Triennial report on the lunatic asylums in the province of Eastern Bengal and Assam - 1903-1911
Year: 1903
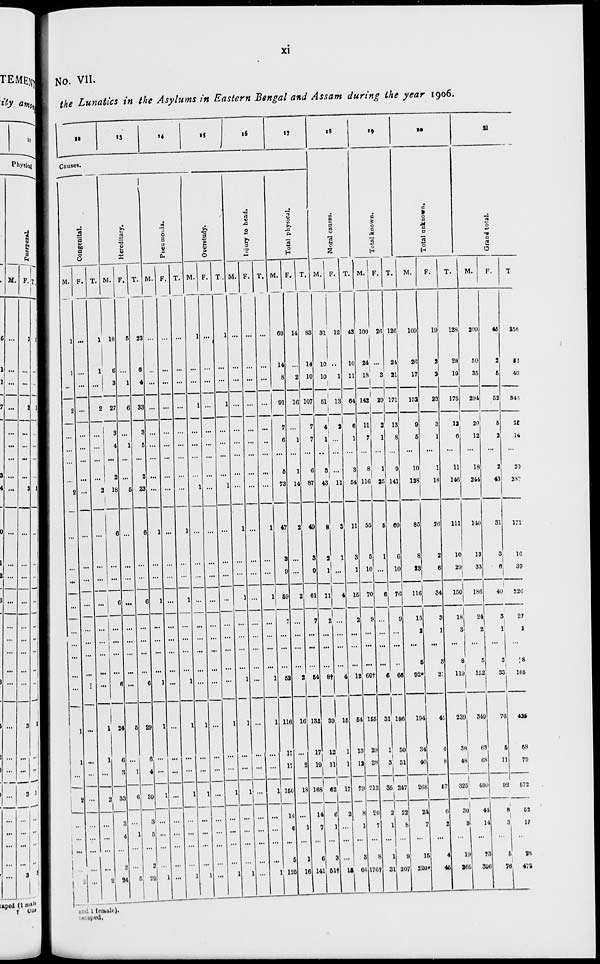
xi
No. VII.
the Lunatics in the Asylums in Eastern Bengal and Assam during the year 1906.
12
13
14
15
1 6 17
Causes.
Congenital.
M.
1
1
...
2
...
...
...
...
2
...
...
...
...
...
...
...
...
...
1
1
...
2
...
...
...
...
2
F.
...
...
...
...
...
...
...
...
...
...
...
...
...
...
...
...
...
...
...
...
...
...
...
...
...
...
...
T.
1
1
...
2
...
...
...
...
2
...
...
...
...
...
...
...
...
...
1
1
...
2
...
...
...
...
2
Hereditary,
M.
18
6
3
27
3
4
...
2
18
6
...
...
6
...
...
...
...
6
24
6
3
33
3
4
...
2
24
F.
5
...
1
6
...
1
...
...
5
...
...
...
...
...
...
...
...
...
5
...
1
6
...
1
...
...
5
T.
23
6
4
33
3
5
...
2
23
6
...
...
6
...
...
...
...
6
29
6
4
39
3
5
...
2
29
Pneumonia.
M.
...
...
...
...
...
...
...
...
...
1
...
...
1
...
...
...
...
1
1
...
...
1
...
...
...
...
1
F.
...
...
...
...
...
...
...
...
...
...
...
...
...
...
...
...
...
...
...
...
...
...
...
...
...
...
...
T.
...
...
...
...
...
...
...
...
...
1
...
...
1
...
...
...
...
1
1
...
...
1
...
...
...
...
1
Overstudy.
M.
1
...
...
1
...
...
...
...
1
...
...
...
...
...
...
...
...
...
1
...
...
1
...
...
...
...
1
F.
...
...
...
...
...
...
...
...
...
...
...
...
...
...
...
...
...
...
...
...
...
...
...
...
...
...
...
T.
1
...
...
1
...
...
...
...
1
...
...
...
...
...
...
...
...
...
1
...
...
1
...
...
...
...
1
Injury to head.
M.
...
...
...
...
...
...
...
...
...
1
...
...
1
...
...
...
...
1
1
...
...
1
...
...
...
...
1
F.
...
...
...
...
...
...
...
...
...
...
...
...
...
...
...
...
...
...
...
...
...
...
...
...
...
...
...
T.
...
...
...
...
...
...
...
...
...
1
...
...
1
...
...
...
...
1
1
...
...
1
...
...
...
...
1
Total physical.
M.
69
14
8
91
7
6
...
5
73
47
3
9
59
7
...
...
...
52
116
17
17
150
14
6
...
5
125
F.
14
...
2
16
...
1
...
1
14
2
...
...
2
...
...
...
...
2
16
...
2
18
...
1
...
1
16
T.
83
14
10
107
7
7
...
6
87
49
3
9
61
7
...
...
...
54
132
17
19
168
14
7
...
6
141
18
Moral causes.
M.
31
10
10
51
4
1
...
3
43
8
2
1
11
2
...
...
...
8†
39
12
11
62
0
1
...
3
51†
F.
12
...
1
13
2
...
...
...
11
3
1
...
4
...
...
...
...
4
15
1
1
17
2
...
...
...
15
T.
43
10
11
64
6
1
...
3
54
11
3
1
15
2
...
...
...
12
54
13
12
79
8
1
...
3
66
19
Total known.
M.
100
24
18
142
11
7
...
8
116
55
5
10
70
9
...
...
...
60†
155
29
28
212
20
7
...
8
176†
F.
26
...
3
29
2
1
...
1
25
5
1
...
6
...
...
...
...
6
31
1
3
35
2
1
...
1
31
T.
126
24
21
171
13
8
...
9
141
60
6
10
76
9
...
...
...
66
186
30
31
247
22
8
...
9
207
20
Total unknown.
M.
109
26
17
152
9
5
...
10
128
85
8
23
116
15
2
...
5
92*
194
34
40
268
24
7
...
15
220*
F.
19
2
2
23
3
1
...
1
18
26
2
6
34
3
1
...
3
27
45
4
8
57
6
2
...
4
45
T.
128
28
19
175
12
6
...
11
146
111
10
29
150
18
3
...
8
119
239
38
48
325
30
9
19
265
21
Grand total.
M.
209
50
35
294
20
12
...
18
244
140
13
33
186
24
2
...
5
152
349
63
68
480
41
14
...
23
396
F.
45
2
5
52
5
2
...
2
43
31
3
6
40
3
1
...
3
33
76
5
11
92
8
3
...
5
76
T.
254
52
40
346
25
14
...
20
287
171
16
39
226
27
3
...
8
185
425
68
79
572
53
17
...
28
472
and 1 female).
escaped.